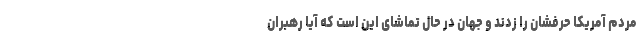
مردم آمریکا حرفشان را زدند و جهان در حال تماشای این است که آیا رهبران